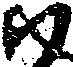
尉